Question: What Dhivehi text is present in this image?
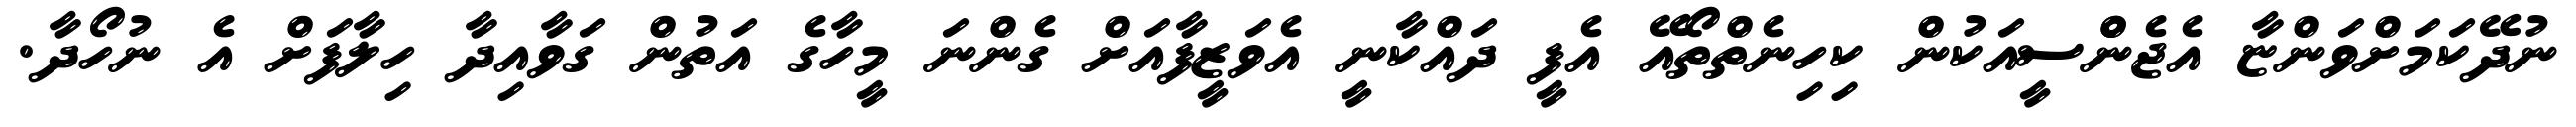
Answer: ނުދޭކަމަށްވަންޏާ އެޖެންްސީއަކުން ކިހިނެތްތޯއޭ އެފީ ދައްކާނީ އެވަޒީފާއަށް ގެންނަ މީހާގެ އަތުން ގަވާއިދާ ހިލާފަށް އެ ނުހޯދާ.